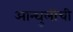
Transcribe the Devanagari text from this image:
आन्घुलीची